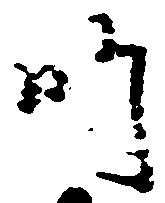
師